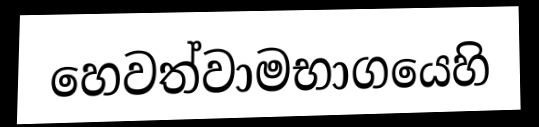
හෙවත්වාමභාගයෙහි